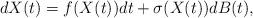
LaTeX: \begin{align*}dX(t)=f(X(t))dt+\sigma(X(t))dB(t),\end{align*}